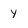
Character: y